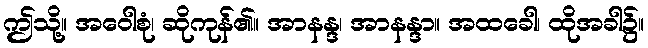
ဤသို့။ အဝေါစုံ၊ ဆိုကုန်၏။ အာနန္ဒ၊ အာနန္ဒာ။ အထခေါ၊ ထိုအခါ၌။